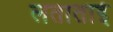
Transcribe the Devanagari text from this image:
लताताई